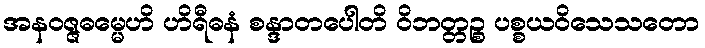
အနဝဇ္ဇဓမ္မေဟိ ဟိရီဓနံ စန္ဒာတပေါတိ ဝိဘတ္တဉ္စ ပစ္စယဝိသေသတော